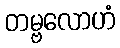
တမ္ဗလောဟံ